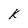
Character: k